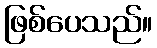
ဖြစ်ပေသည်။